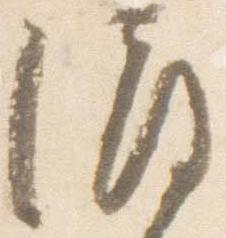
渡